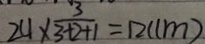
2 4 \times \frac { 3 } { 3 + 2 + 1 } = 1 2 ( c m )